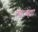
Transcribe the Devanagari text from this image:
त्यांच्ह्या